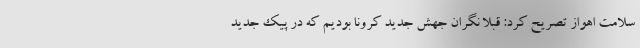
سلامت اهواز تصریح کرد: قبلا نگران جهش جدید کرونا بودیم که در پیک جدید